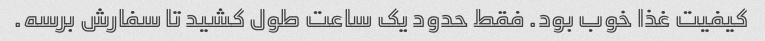
کیفیت غذا خوب بود. فقط حدود یک ساعت طول کشید تا سفارش برسه.